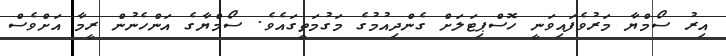
އިރު ސޯމްޔާ މަރުވެފައިވަނީ ހޮސްޕިޓަލަށް ގެންދިއުމުގެ މަގުމަތީގައެވެ. ސޯމްޔާގެ އަންހެނުން ރީމާ އަށްވެސް